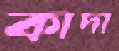
কাদা